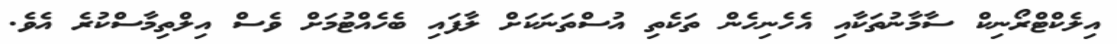
އިލެކްޓްރޯނިކް ސާމާނުތަކާއި އެހެނިހެން ތަކެތި އުސްތަނަކަށް ލާފައި ބެހެއްޓުމަށް ވެސް އިލްތިމާސްކުރެ އެވެ.